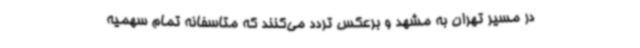
در مسیر تهران به مشهد و برعکس تردد می‌کنند که متاسفانه تمام سهمیه